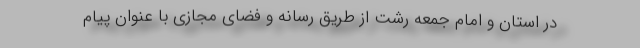
در استان و امام جمعه رشت از طریق رسانه و فضای مجازی با عنوان پیام